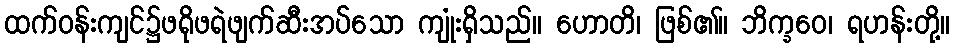
ထက်ဝန်းကျင်၌ဖရိုဖရဲဖျက်ဆီးအပ်သော ကျုံးရှိသည်။ ဟောတိ၊ ဖြစ်၏။ ဘိက္ခဝေ၊ ရဟန်းတို့။